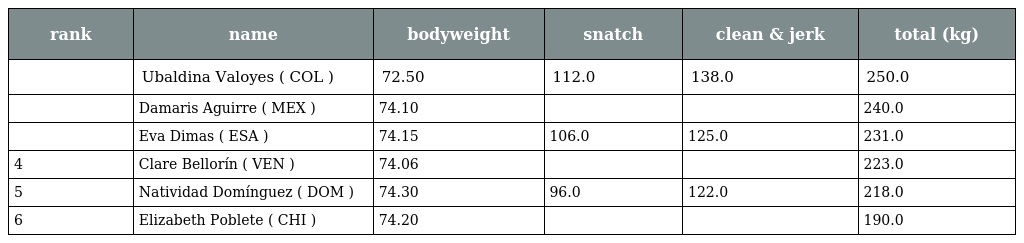
| rank | name | bodyweight | snatch | clean & jerk | total (kg) |
 | --- | --- | --- | --- | --- | --- |
 |  | Ubaldina Valoyes ( COL ) | 72.50 | 112.0 | 138.0 | 250.0 |
 |  | Damaris Aguirre ( MEX ) | 74.10 |  |  | 240.0 |
 |  | Eva Dimas ( ESA ) | 74.15 | 106.0 | 125.0 | 231.0 |
 | 4 | Clare Bellorín ( VEN ) | 74.06 |  |  | 223.0 |
 | 5 | Natividad Domínguez ( DOM ) | 74.30 | 96.0 | 122.0 | 218.0 |
 | 6 | Elizabeth Poblete ( CHI ) | 74.20 |  |  | 190.0 |